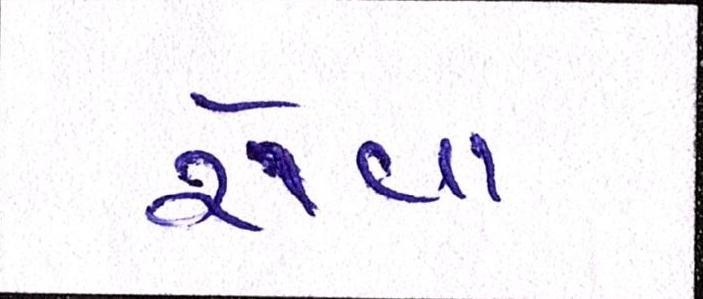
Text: રોવા